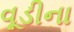
વૂડીના